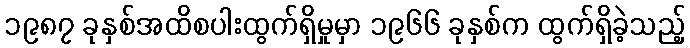
၁၉၈၇ ခုနှစ်အထိစပါးထွက်ရှိမှုမှာ ၁၉၆၆ ခုနှစ်က ထွက်ရှိခဲ့သည့်